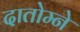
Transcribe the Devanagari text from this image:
दातोम्ने